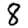
Digit: 8